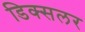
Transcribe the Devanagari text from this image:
डिक्सलर